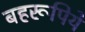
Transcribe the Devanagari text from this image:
बहरूपिये